Leaving Certificate Examination (including Day School Certificate (Higher) General paper), 1935
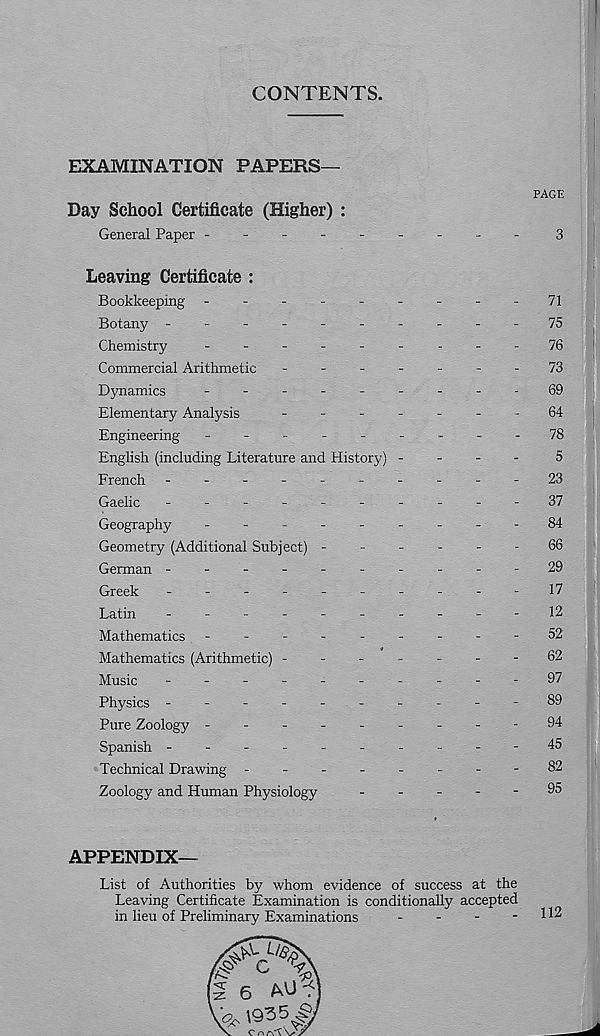
CONTENTS.
EXAMINATION PAPERS—
PAGE
Day School Certificate (Higher) :
General Paper --------
-
3
Leaving Certificate :
Bookkeeping ---------
71
Botany ----------
75
Chemistry
-
--
--
-
.
-
-
7Q
Commercial Arithmetic -------
73
Dynamics
-
--
--
--
--69
Elementary Analysis
-------
Qi
Engineering ---------
78
English (including Literature and History) -
-
-
-
5
French ----------
23
Gaelic ----------
37
Geography
-
--
--
--
--84
Geometry (Additional Subject) ------
66
German ----------29
Greek
----------
17
Latin
----------
12
Mathematics -
--
--
--
--52
Mathematics (Arithmetic) -------62
Music
-
--
--
--
--
-97
Physics ----------89
Pure Zoology ---------94
Spanish ----------45
Technical Drawing -
--
--
--
-82
Zoology and Human Physiology
-----
95
APPENDIX—
List of Authorities by whom evidence of success at the
Leaving Certificate Examination is conditionally accepted
in lieu of Preliminary Examinations
-
-
-
-